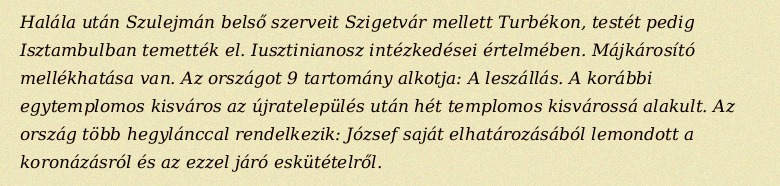
Halála után Szulejmán belső szerveit Szigetvár mellett Turbékon, testét pedig Isztambulban temették el. Iusztinianosz intézkedései értelmében. Májkárosító mellékhatása van. Az országot 9 tartomány alkotja: A leszállás. A korábbi egytemplomos kisváros az újratelepülés után hét templomos kisvárossá alakult. Az ország több hegylánccal rendelkezik: József saját elhatározásából lemondott a koronázásról és az ezzel járó eskütételről.